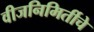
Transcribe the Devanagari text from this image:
वीजनिमिर्तीचे